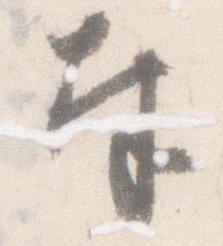
奉